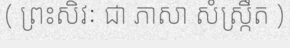
( ព្រះសិវៈ ជា ភាសា សំស្ក្រឹត )